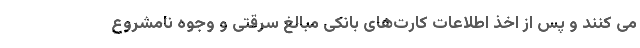
می کنند و پس از اخذ اطلاعات کارت‌های بانکی مبالغ سرقتی و وجوه نامشروع